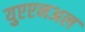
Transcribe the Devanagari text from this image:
युएएनअल